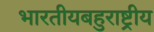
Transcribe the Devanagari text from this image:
भारतीयबहुराष्ट्रीय